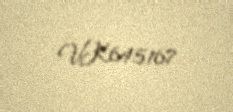
VK645167